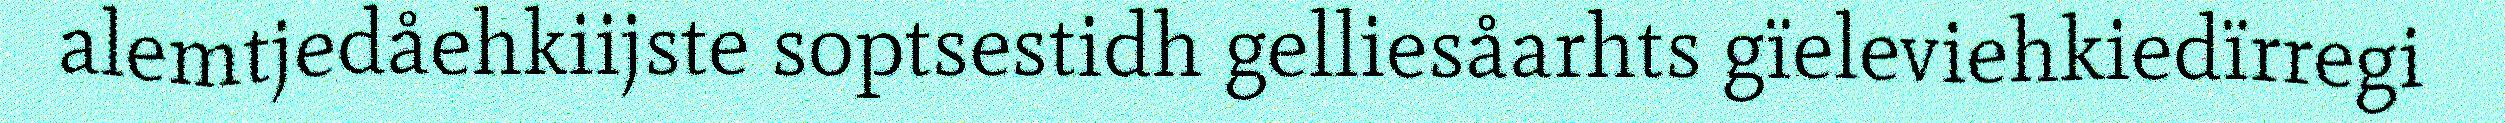
alemtjedåehkiijste soptsestidh gelliesåarhts gïeleviehkiedïrregi